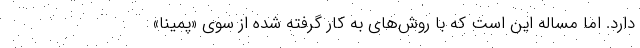
دارد. اما مساله این است که با روش‌های به کار گرفته شده از سوی «پمینا»